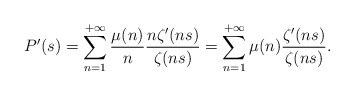
\begin{align*} P^\prime(s)=\sum_{n=1}^{+\infty} \frac{\mu(n)}{n} \frac{n\zeta^\prime(ns)}{\zeta(ns)}=\sum_{n=1}^{+\infty} \mu(n) \frac{\zeta^\prime(ns)}{\zeta(ns)}.\end{align*}